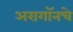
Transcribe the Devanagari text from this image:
अरागॉनचे